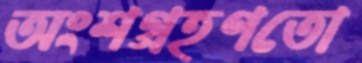
অংশগ্রহণতো